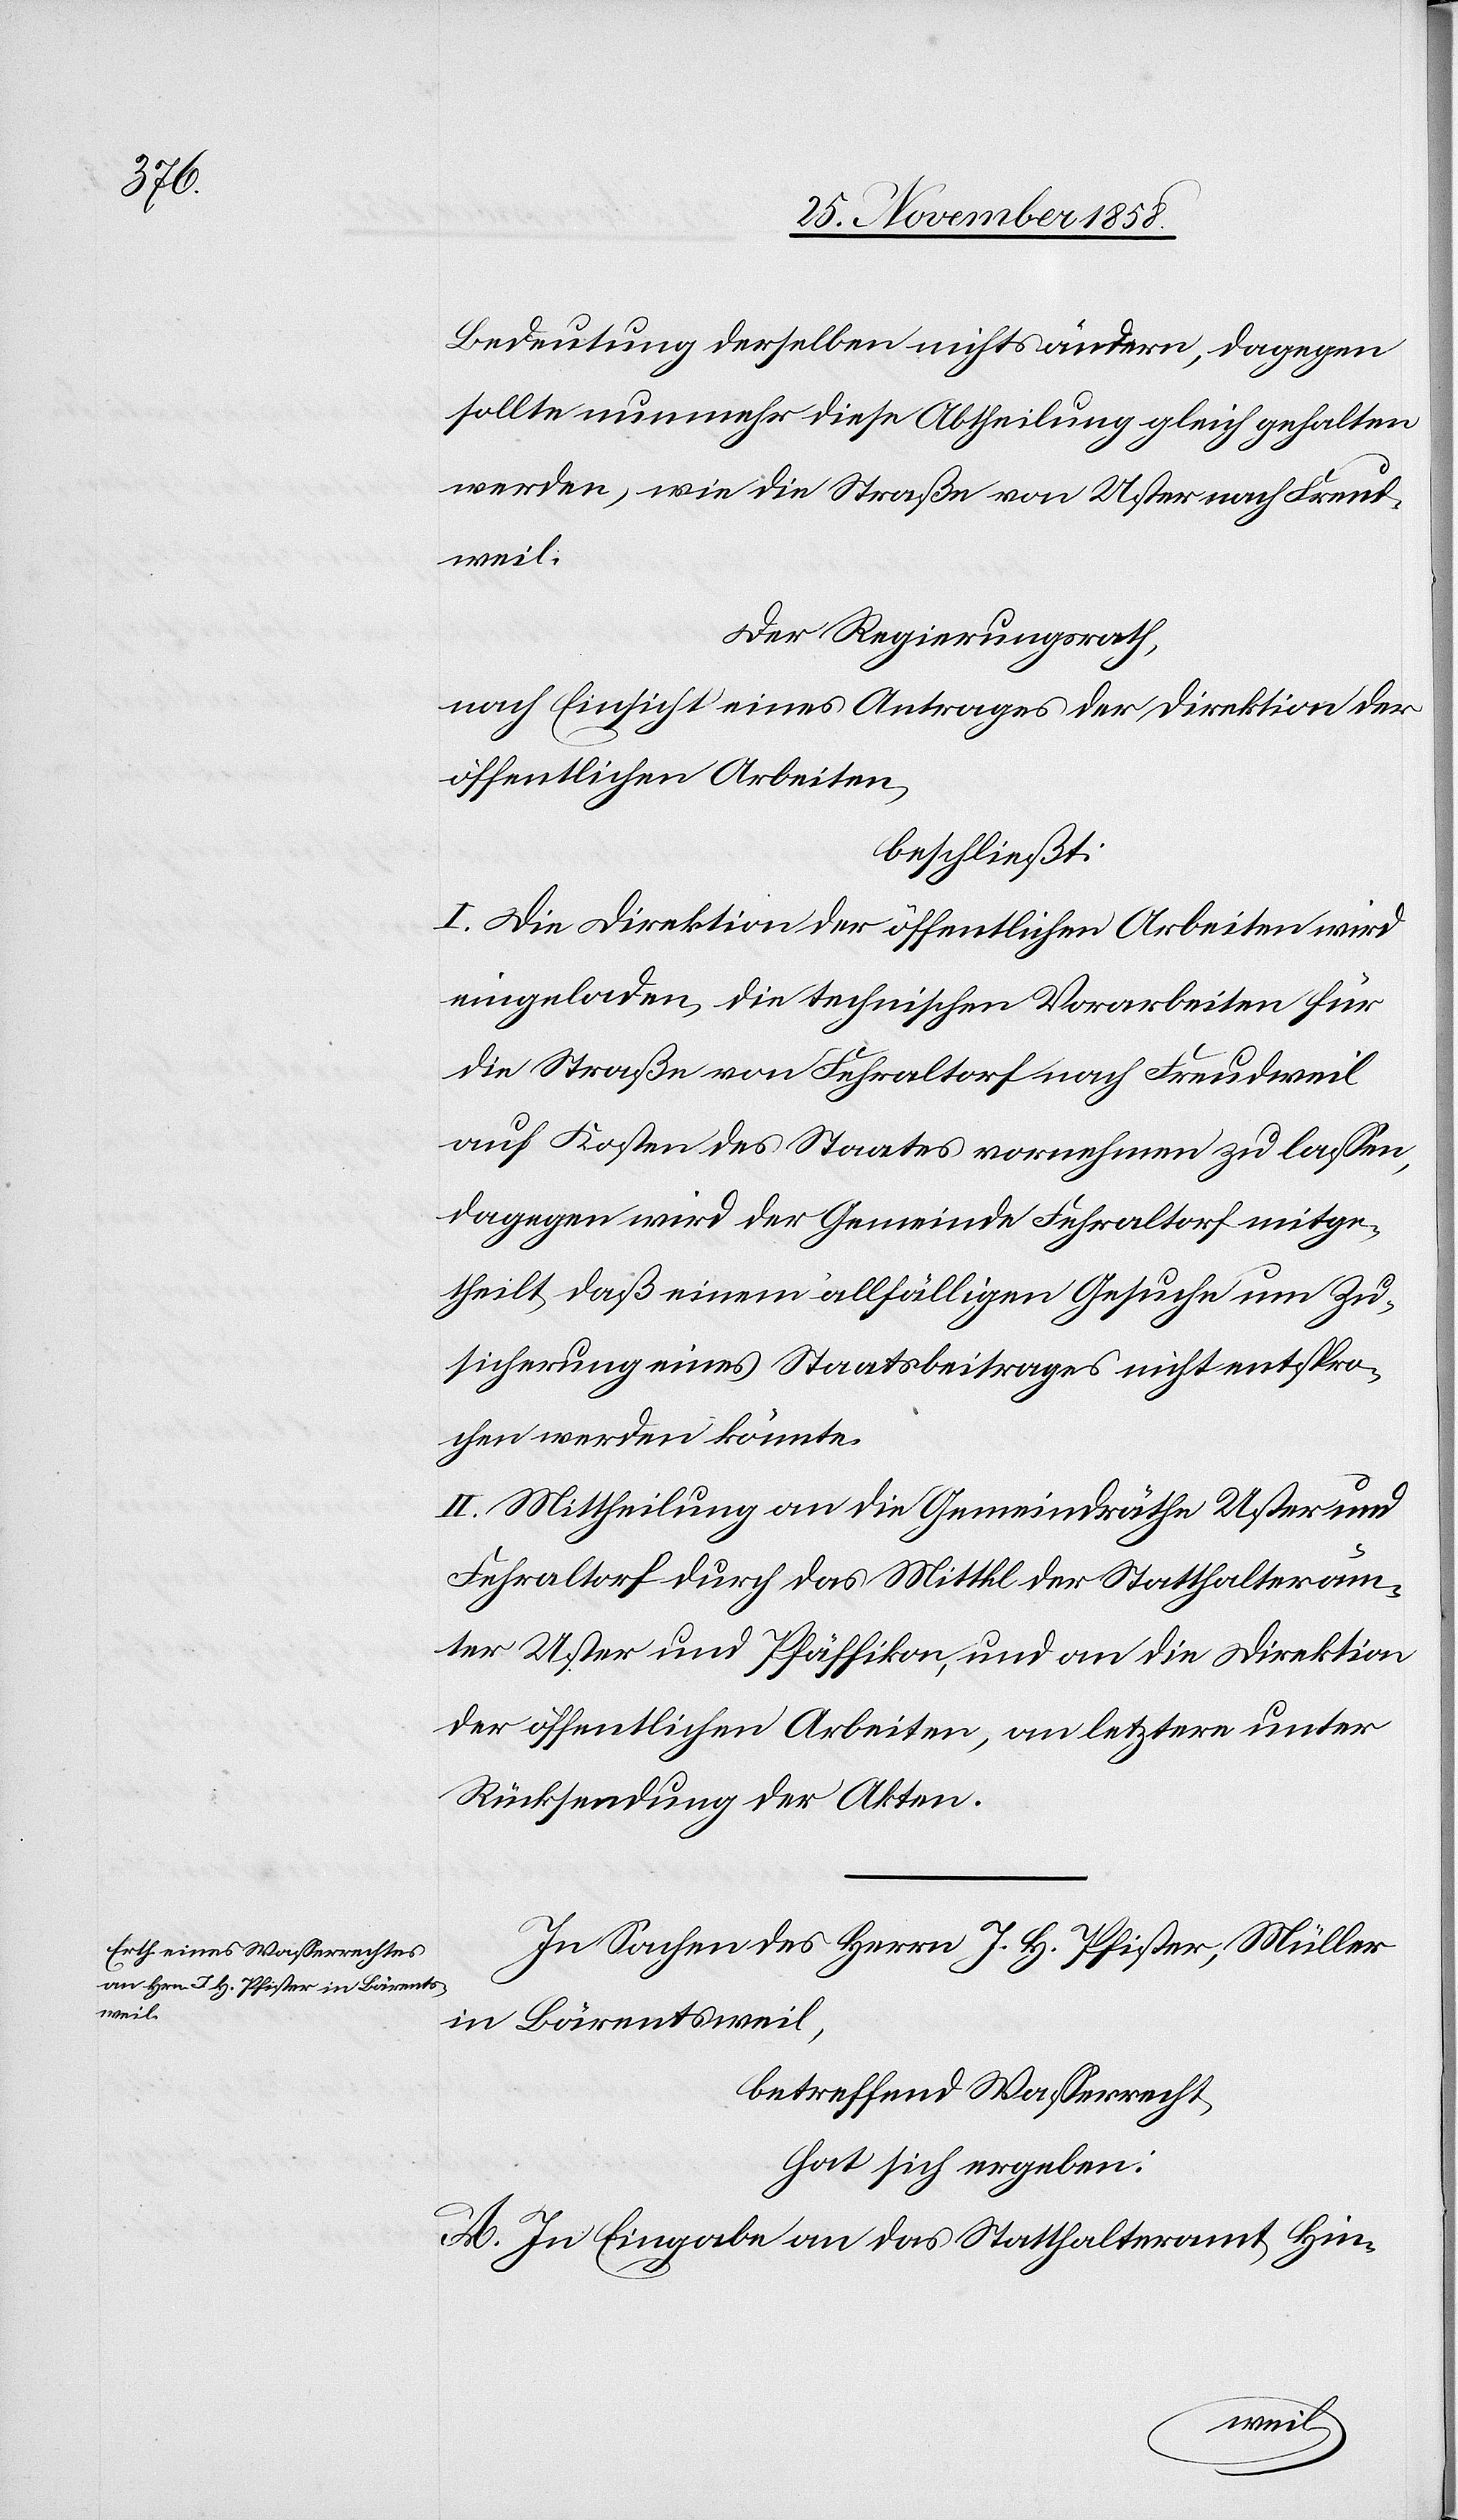
Bedeutung derselben nichts ändern, dagegen
sollte nunmehr diese Abtheilung gleich gehalten
werden, wie die Straße von Uster nach Freud¬
weil.
Der Regierungsrath,
nach Einsicht eines Antrages der Direktion der
öffentlichen Arbeiten,
beschließt:
I. Die Direktion der öffentlichen Arbeiten wird
eingeladen, die technischen Vorarbeiten für
die Straße von Fehraltorf nach Freudweil
auf Kosten des Staates vornehmen zu lassen,
dagegen wird der Gemeinde Fehraltorf mitge¬
theilt, daß einem allfälligen Gesuche um Zu¬
sicherung eines Staatsbeitrages nicht entspro¬
chen werden könnte.
II. Mittheilung an die Gemeindräthe Uster und
Fehraltorf durch das Mittel der Statthalteräm¬
ter Uster und Pfäffikon, und an die Direktion
der öffentlichen Arbeiten, an letztere unter
Rücksendung der Akten.
In Sachen des Herrn J. H. Pfister, Müller
in Bärentsweil,
betreffend Wasserrecht,
hat sich ergeben:
A. In Eingabe an das Statthalteramt Hin-